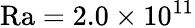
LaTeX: \textrm{Ra}=2.0\times 10^{11}